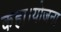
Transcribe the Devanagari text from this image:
कहा।योजना